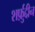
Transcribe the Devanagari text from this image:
शर्फ़ुद्दीन